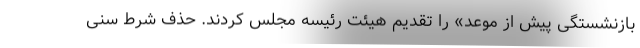
بازنشستگی پیش از موعد» را تقدیم هیئت رئیسه مجلس کردند. حذف شرط سنی